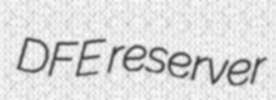
DFE reserver